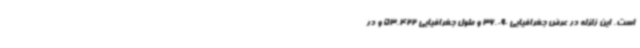
است. این زلزله در عرض جغرافیایی 36.090 و طول جغرافیایی 53.422 و در